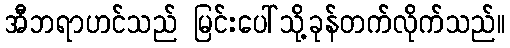
အီဘရာဟင်သည် မြင်းပေါ်သို့ခုန်တက်လိုက်သည်။